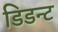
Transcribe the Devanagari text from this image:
डिडन्‍ट